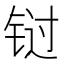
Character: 𰽾